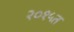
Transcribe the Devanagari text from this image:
२०१५त